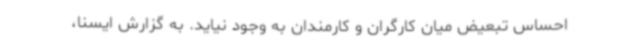
احساس تبعیض میان کارگران و کارمندان به وجود نیاید. به گزارش ایسنا،